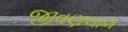
જીવણલાલ